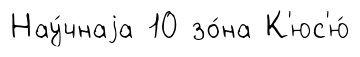
Нау́чнаjа 10 зо́на К'юс'ю́